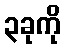
၃ခုကို